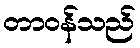
တာဝန်သည်